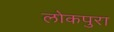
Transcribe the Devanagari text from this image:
लोकपुरा